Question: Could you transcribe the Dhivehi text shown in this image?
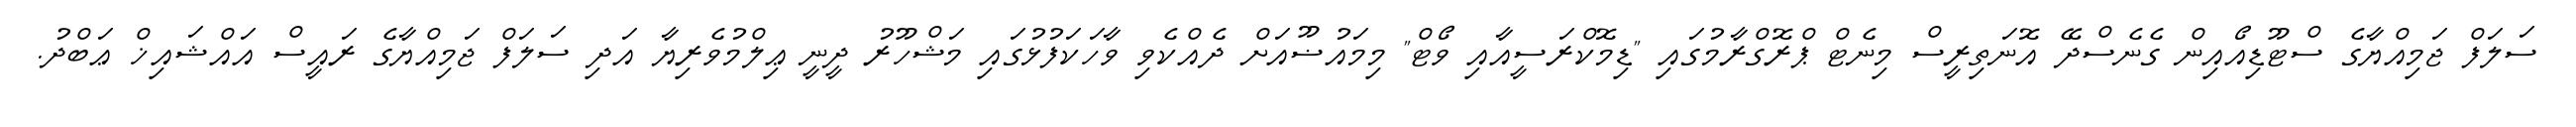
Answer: ސަލަފް ޖަމިއްޔާގެ ސްޓޫޑިއޯއިން ގެނެސްދޭ އޮނަތިރީސް މިނެޓް ޕްރޮގްރާމުގައި "ޑިމޮކްރަސީއާއި ވޯޓް" މިމައުޟޫއަށް ދެއްކެވި ވާހަކަފުޅުގައި މަޝްހޫރު ދީނީ ޢިލްމުވެރިޔާ އަދި ސަލަފް ޖަމިއްޔާގެ ރައީސް އައްޝައިޚް ޢަބްދު.